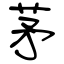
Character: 茅